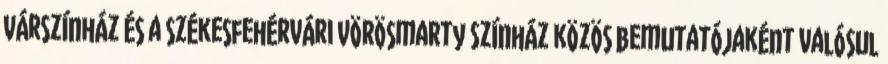
Várszínház és a székesfehérvári Vörösmarty Színház közös bemutatójaként valósul